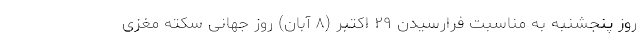
روز پنجشنبه به مناسبت فرارسیدن ۲۹ اکتبر (٨ آبان) روز جهانی سکته مغزی